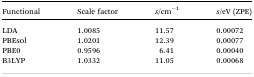
<table><thead><tr><td><b>Functional</b></td><td><b>Scale factor</b></td><td><b><i>s</i>/cm<sup>–1</sup></b></td><td><b><i>s</i>/eV (ZPE)</b></td></tr></thead><tbody><tr><td>LDA</td><td>1.0085</td><td>11.57</td><td>0.00072</td></tr><tr><td>PBEsol</td><td>1.0201</td><td>12.39</td><td>0.00077</td></tr><tr><td>PBE0</td><td>0.9596</td><td>6.41</td><td>0.00040</td></tr><tr><td>B3LYP</td><td>1.0332</td><td>11.05</td><td>0.00068</td></tr></tbody></table>